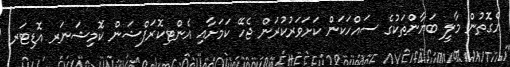
އެގޮތުން މާލީ ބަޔާންތަކުގެ ސައްހަކަން ކަށަވަރުކުރަން ޖެހޭ ކަމަށާއި އެންޓިކޮރަޕްޝަން ކޮމިޝަނަރ އޮޑިޓަރ